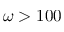
\omega > 1 0 0